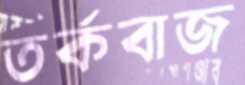
তর্কবাজ